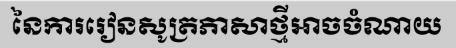
នៃការរៀនសូត្រភាសាថ្មីអាចចំណាយ